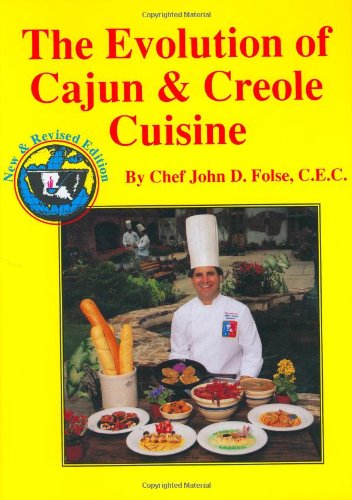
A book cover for The Evolution of Cajun and Creole Cuisine; John D. Folse; Cookbooks, Food & Wine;